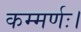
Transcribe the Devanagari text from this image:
कम्मर्णः।